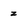
Character: z